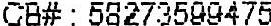
CB# : 58273599475